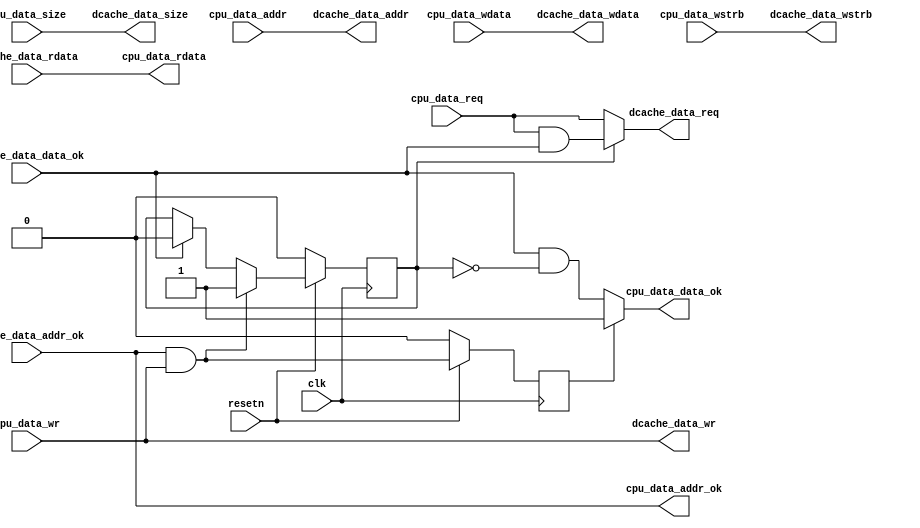
module accelerator
(
    input          clk,
    input          resetn,

    input          cpu_data_req    ,
    input          cpu_data_wr     ,
    input   [1 :0] cpu_data_size   ,
    input   [31:0] cpu_data_addr   ,
    input   [31:0] cpu_data_wdata  ,
	input   [3 :0] cpu_data_wstrb  ,
    output  [31:0] cpu_data_rdata  ,
    output         cpu_data_addr_ok,
    output         cpu_data_data_ok,

    output          dcache_data_req    ,
    output          dcache_data_wr     ,
    output   [1 :0] dcache_data_size   ,
    output   [31:0] dcache_data_addr   ,
    output   [31:0] dcache_data_wdata  ,
	output   [3 :0] dcache_data_wstrb  ,
    input    [31:0] dcache_data_rdata  ,
    input           dcache_data_addr_ok,
    input           dcache_data_data_ok
);

wire rst;
assign rst = !resetn;

assign dcache_data_req      = valid ? (cpu_data_req && dcache_data_data_ok) : cpu_data_req;
assign dcache_data_wr       = cpu_data_wr;
assign dcache_data_wstrb    = cpu_data_wstrb;
assign dcache_data_size     = cpu_data_size;
assign dcache_data_wdata    = cpu_data_wdata;
assign dcache_data_addr     = cpu_data_addr;


assign cpu_data_rdata       = dcache_data_rdata;
assign cpu_data_addr_ok     = dcache_data_addr_ok;
assign cpu_data_data_ok     = (valid_change_reg) ? 1'b1 : (dcache_data_data_ok & !valid);

reg         valid;
reg         valid_history;
reg[31:0]   tag;
reg[31:0]   content;

wire valid_change;
reg valid_change_reg;
assign valid_change = dcache_data_addr_ok && cpu_data_wr;
always @(posedge clk)
	begin
		if(rst)
		begin
			valid_change_reg <= 1'b0;
		end
		else
		begin
		    valid_change_reg <= valid_change;
		end
	end

always @(posedge clk)
	begin
		if(rst)
		begin
			valid <= 1'b0;
		end
		else if(dcache_data_addr_ok && cpu_data_wr) 
		begin
			valid <= 1'b1;
		end
        else if(dcache_data_data_ok) 
		begin
			valid <= 1'b0;
		end
	end

endmodule